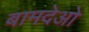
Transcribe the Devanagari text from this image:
बामदेओ